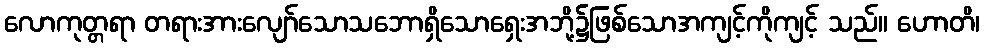
လောကုတ္တရာ တရားအားလျော်သောသဘောရှိသောရှေးအဘို့၌ဖြစ်သောအကျင့်ကိုကျင့် သည်။ ဟောတိ၊